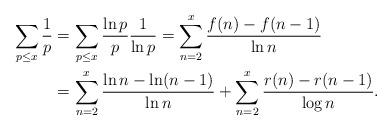
LaTeX: \begin{align*}\sum_{p\le x} \frac 1p &= \sum_{p\le x} \frac{\ln p}{p}\frac{1}{\ln p} = \sum_{n=2}^{x} \frac{f(n)-f(n-1)}{\ln n}\\&= \sum_{n=2}^x \frac{\ln n - \ln(n-1)}{\ln n} + \sum_{n=2}^x \frac{r(n)-r(n-1)}{\log n}.\end{align*}